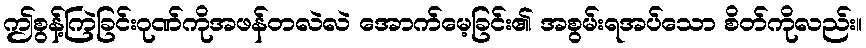
ဤစွန့်ကြဲခြင်းဂုဏ်ကိုအဖန်တလဲလဲ အောက်မေ့ခြင်း၏ အစွမ်းရအပ်သော စိတ်ကိုလည်း။